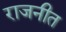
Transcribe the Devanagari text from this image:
राजनीत